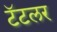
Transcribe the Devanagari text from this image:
टॅटलर